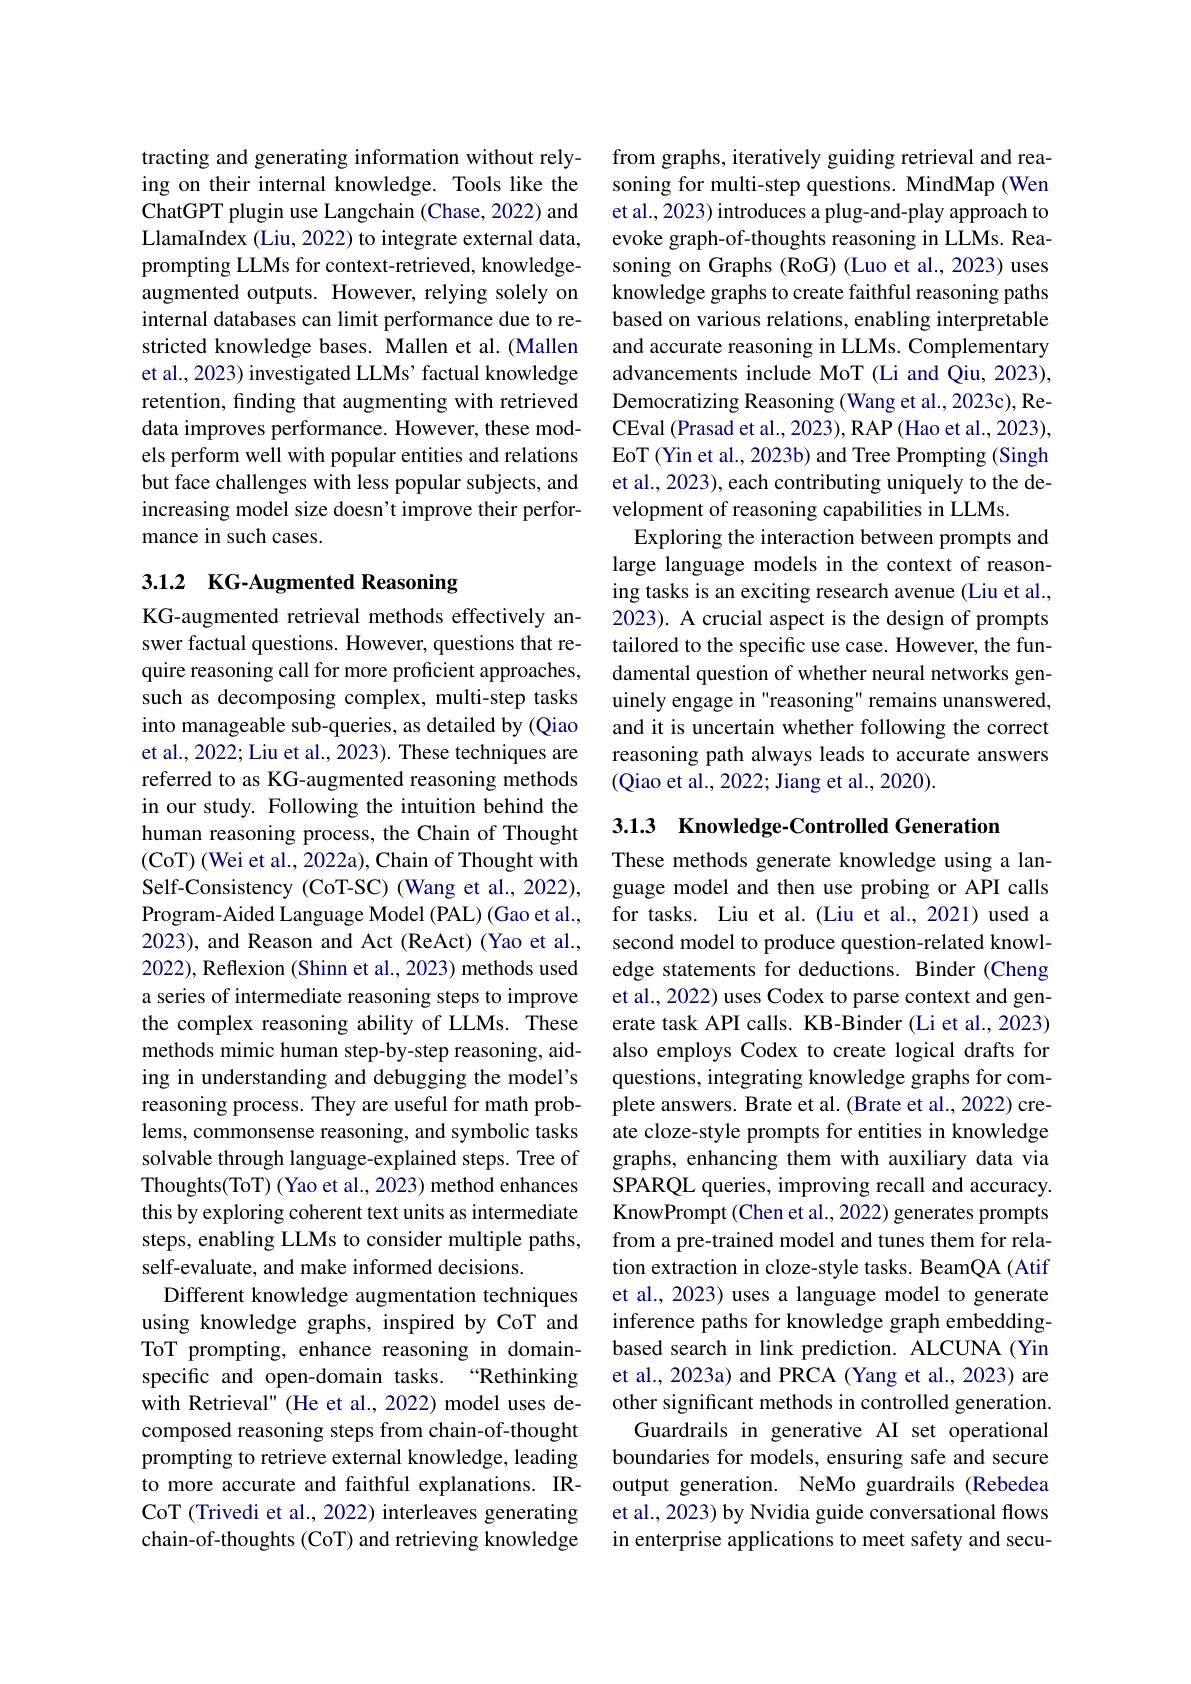
tracting and generating information without relying on their internal knowledge. Tools like the ChatGPT plugin use Langchain (Chase, 2022) and LlamaIndex (Liu, 2022) to integrate external data, prompting LLMs for context-retrieved, knowledgeaugmented outputs. However, relying solely on internal databases can limit performance due to restricted knowledge bases. Mallen et al. (Mallen et al., 2023) investigated LLMs' factual knowledge retention, finding that augmenting with retrieved data improves performance. However, these models perform well with popular entities and relations but face challenges with less popular subjects, and increasing model size doesn't improve their performance in such cases.

## 3.1.2 KG-Augmented Reasoning

KG-augmented retrieval methods effectively answer factual questions. However, questions that require reasoning call for more proficient approaches, such as decomposing complex, multi-step tasks into manageable sub-queries, as detailed by (Qiao et al., 2022; Liu et al., 2023). These techniques are referred to as KG-augmented reasoning methods in our study. Following the intuition behind the human reasoning process, the Chain of Thought (CoT) (Wei et al., 2022a), Chain of Thought with Self-Consistency (CoT-SC) (Wang et al., 2022), Program-Aided Language Model (PAL) (Gao et al., 2023), and Reason and Act (ReAct) (Yao et al., 2022), Reflexion (Shinn et al., 2023) methods used a series of intermediate reasoning steps to improve the complex reasoning ability of LLMs. These methods mimic human step-by-step reasoning, aiding in understanding and debugging the model's reasoning process. They are useful for math problems, commonsense reasoning, and symbolic tasks solvable through language-explained steps. Tree of Thoughts(ToT) (Yao et al., 2023) method enhances this by exploring coherent text units as intermediate steps, enabling LLMs to consider multiple paths, self-evaluate, and make informed decisions.
Different knowledge augmentation techniques using knowledge graphs, inspired by CoT and ToT prompting, enhance reasoning in domainspecific and open-domain tasks. “Rethinking with Retrieval" (He et al., 2022) model uses decomposed reasoning steps from chain-of-thought prompting to retrieve external knowledge, leading to more accurate and faithful explanations. IRCoT (Trivedi et al., 2022) interleaves generating chain-of-thoughts (CoT) and retrieving knowledge

from graphs, iteratively guiding retrieval and reasoning for multi-step questions. MindMap (Wen et al., 2023) introduces a plug-and-play approach to evoke graph-of-thoughts reasoning in LLMs. Reasoning on Graphs (RoG) (Luo et al., 2023) uses knowledge graphs to create faithful reasoning paths based on various relations, enabling interpretable and accurate reasoning in LLMs. Complementary advancements include MoT (Li and Qiu, 2023), Democratizing Reasoning (Wang et al., 2023c), ReCEval (Prasad et al., 2023), RAP (Hao et al., 2023), EoT (Yin et al., 2023b) and Tree Prompting (Singh et al., 2023), each contributing uniquely to the development of reasoning capabilities in LLMs.
Exploring the interaction between prompts and large language models in the context of reasoning tasks is an exciting research avenue (Liu et al., 2023). A crucial aspect is the design of prompts tailored to the specific use case. However, the fundamental question of whether neural networks genuinely engage in "reasoning" remains unanswered, and it is uncertain whether following the correct reasoning path always leads to accurate answers (Qiao et al., 2022; Jiang et al., 2020).

3.1.3 Knowledge-Controlled Generation

These methods generate knowledge using a language model and then use probing or API calls for tasks. Liu et al.(Liu et al.,2021) used a second model to produce question-related knowledge statements for deductions. Binder (Cheng et al., 2022) uses Codex to parse context and generate task API calls. KB-Binder (Li et al., 2023) also employs Codex to create logical drafts for questions, integrating knowledge graphs for complete answers. Brate et al. (Brate et al., 2022) create cloze-style prompts for entities in knowledge graphs, enhancing them with auxiliary data via SPARQL queries, improving recall and accuracy. KnowPrompt (Chen et al., 2022) generates prompts from a pre-trained model and tunes them for relation extraction in cloze-style tasks. BeamQA (Atif et al., 2023) uses a language model to generate inference paths for knowledge graph embeddingbased search in link prediction. ALCUNA (Yin et al., 2023a) and PRCA (Yang et al., 2023) are other significant methods in controlled generation.
Guardrails in generative AI set operational boundaries for models, ensuring safe and secure output generation. NeMo guardrails (Rebedea et al., 2023) by Nvidia guide conversational flows in enterprise applications to meet safety and secu-